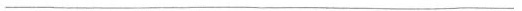
___